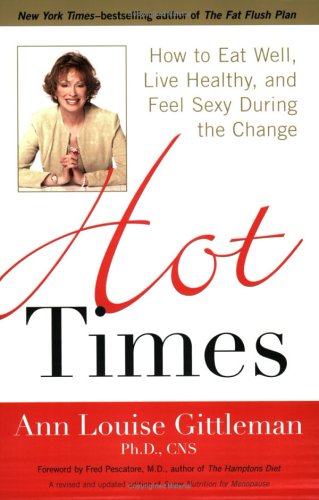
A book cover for Hot Times: How to Eat Well, Live Healthy, and Feel Sexy During the Change; Ann Louise Gittleman Ph.D.  CNS; Health, Fitness & Dieting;